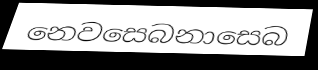
නෙවසෙබනාසෙබ